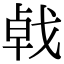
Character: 㦸